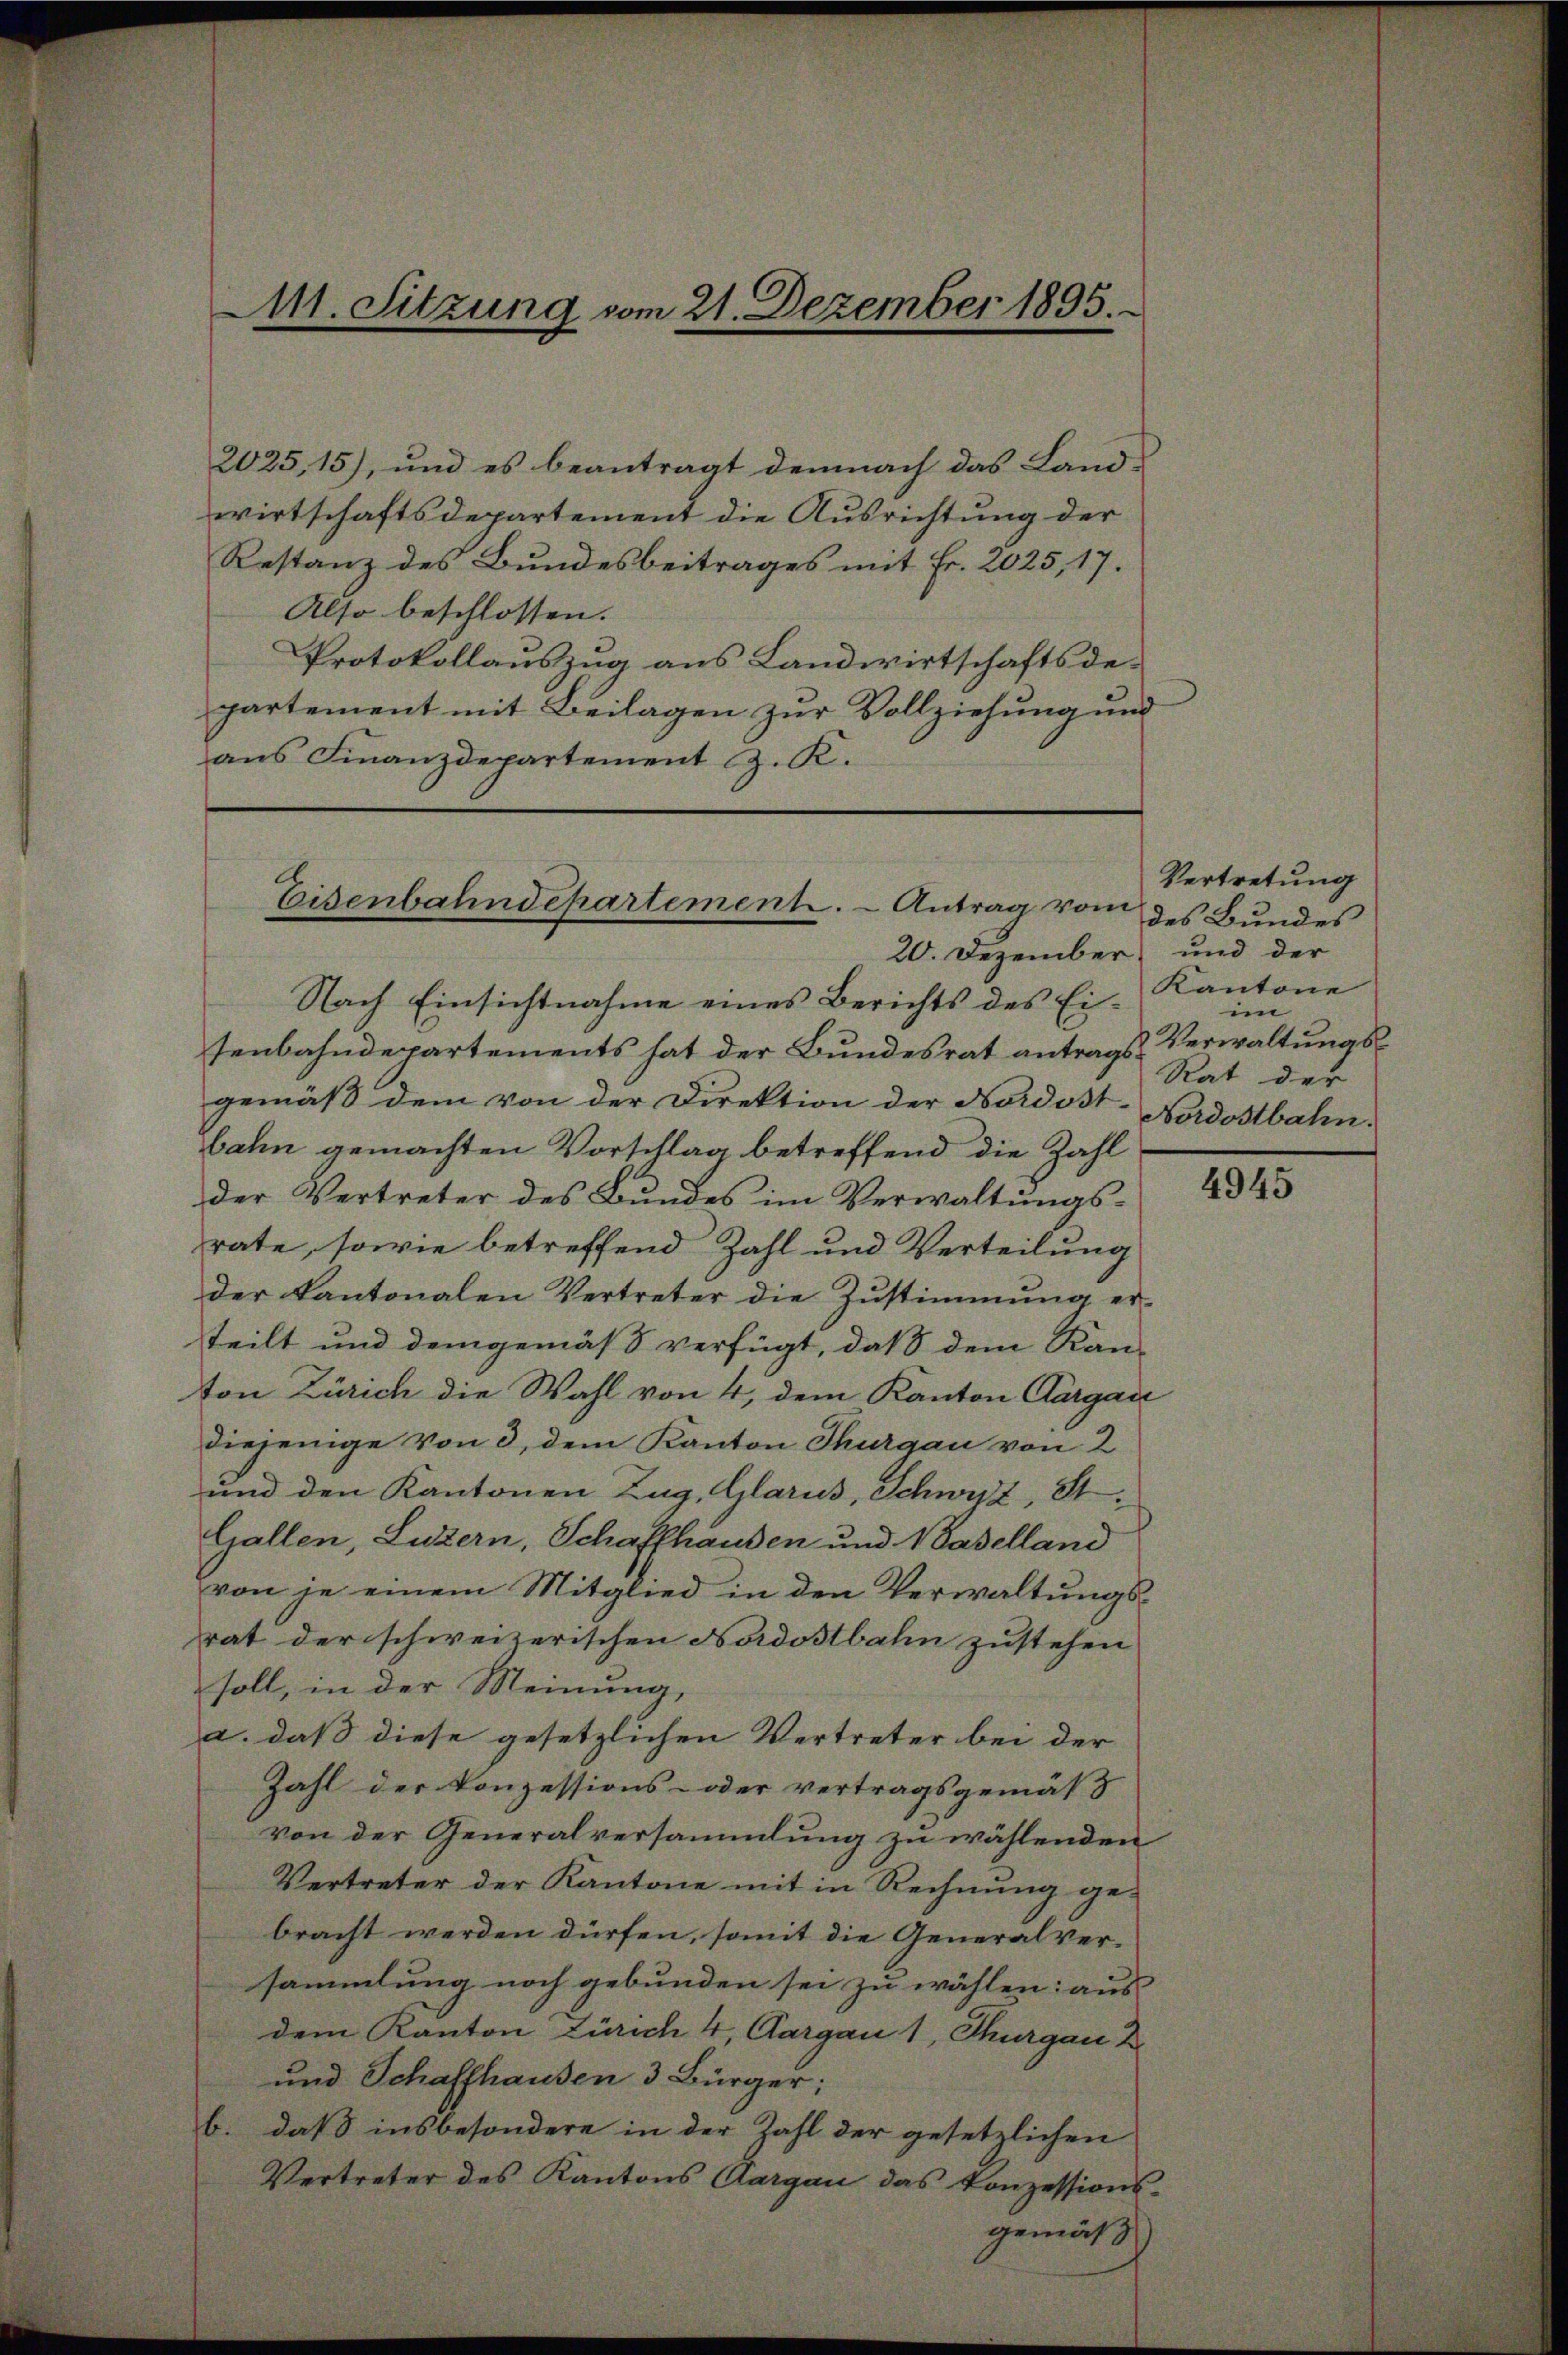
M11. Sitzung vom 21. Dezember 1895.

2025,15), und es beantragt demnach das Landwirtschaftsdepartement die Ausrichtung der
Restanz des Bundesbeitrages mit Fr. 2025, 17.
Also beschlossen:
Protokollauszug aus Landwirtschaftsdepartement mit Beilagen zur Vollziehung und
ans Finanzdepartement J. K.

Eisenbahndepartement. - Antrag vom

20. Dezember, und der

Nach Einsichtnahme eines Berichts des Eisenbahndepartements hat der Bundesrat antrags Verwaltungsgemäß dem von der Direktion der Nordost-
bahn gemachten Vorschlag betreffend die Zahl
der Vertreter des Bundes im Verwaltungsrate, sowie betreffend Zahl und Verteilung
der Kantonalen Vertreter die Zŭstimmung er-
teilt und demgemäß verfügt, daß dem Kan-
ton Zürich die Wahl von 4, dem Kanton Aargau
diejenige von 3, dem Kanton Thurgau von 2
und den Kantonen Zug, Glarus, Schwyz, St.
Gallen, Luzern, Schaffhausen und Naselland
von je einem Mitglied in den Verwaltungsrat der schweizerischen Nordostbahn zustehen
soll, in der Meinung,
a. daß diese gesetzlichen Vertreter bei der
Zahl der Konzessions- oder vertragsgemäs
von der Generalversammlung zu wählenden
Vertreter der Kantone mit in Rechnung ge-
bracht werden dürfen, somit die Generalversammlung noch gebunden sei zu wählen: aus
dem Kanton Zürich 4, Aargau 1, Thurgau Z
und Schaffhausen 3 Bürger;
b. daß insbesondere in der Zahl der gesetzlichen
Vertreter des Kantons Aargau das Konzessions-
gemäß

Vertretung
des Bundes
Kantone
im
Rat der
Nordostbahn.

4945